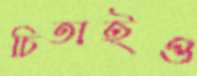
চিতাইও